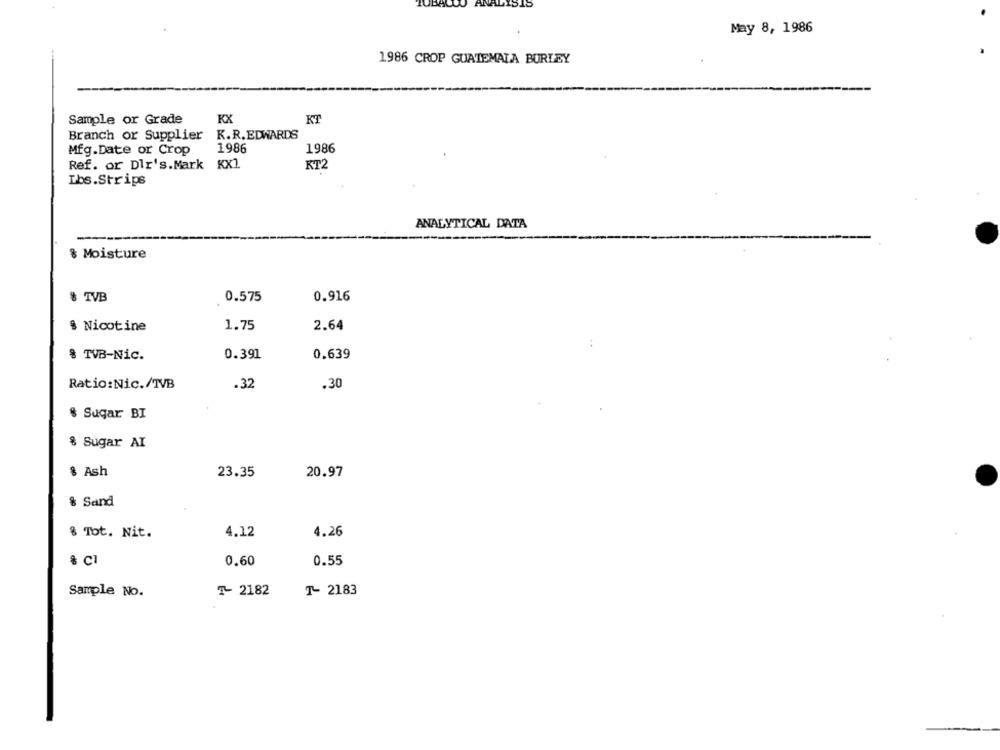
NALYSIS
May 8, 1986
1986 CROP GUATEMALA BURLEY
Sample or Grade
KX
KT
K.R. EDWARDS
Branch or Supplier
Mfg.Date or Crop
1986
1986
Ref. or Dlr's.Mark KX1
KT2
Ibs.Strips
ANALYTICAL DATA
& Moisture
& TVB
0.575
0.916
§ Nicotine
1.75
2.64
8 TVB-Nic.
0.391
0.639
Ratio:Nic./TVB
.32
.30
$ Sugar BI
& Sugar AI
8 Ash
23.35
20.97
& Sand
8 Tot. Nit.
4.12
4.26
% C1
0.60
0.55
Sample No.
T- 2182
T- 2183